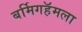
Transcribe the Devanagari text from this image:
बर्मिगहॅमला